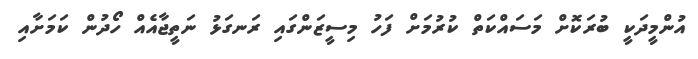
އުންމީދަކީ ބުރަކޮށް މަސައްކަތް ކުރުމަށް ފަހު މިސީޒަންގައި ރަނގަޅު ނަތީޖާއެއް ހޯދުން ކަމަށާއި